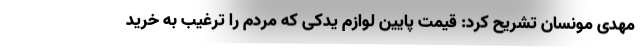
مهدی مونسان تشریح کرد: قیمت پایین لوازم یدکی که مردم را ترغیب به خرید